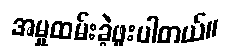
အမှုထမ်းခဲ့ဖူးပါတယ်။